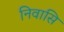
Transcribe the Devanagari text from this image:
निवासि